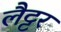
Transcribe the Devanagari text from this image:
लैट्टर